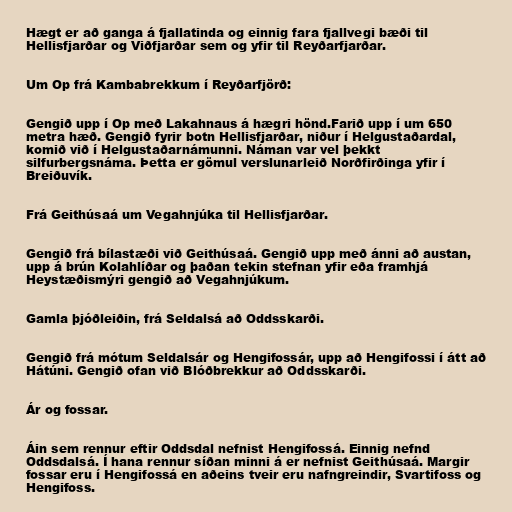
Hægt er að ganga á fjallatinda og einnig fara fjallvegi bæði til
Hellisfjarðar og Viðfjarðar sem og yfir til Reyðarfjarðar.

Um Op frá Kambabrekkum í Reyðarfjörð:

Gengið upp í Op með Lakahnaus á hægri hönd.Farið upp í um 650
metra hæð. Gengið fyrir botn Hellisfjarðar, niður í Helgustaðardal,
komið við í Helgustaðarnámunni. Náman var vel þekkt
silfurbergsnáma. Þetta er gömul verslunarleið Norðfirðinga yfir í
Breiðuvík.

Frá Geithúsaá um Vegahnjúka til Hellisfjarðar.

Gengið frá bílastæði við Geithúsaá. Gengið upp með ánni að austan,
upp á brún Kolahlíðar og þaðan tekin stefnan yfir eða framhjá
Heystæðismýri gengið að Vegahnjúkum.

Gamla þjóðleiðin, frá Seldalsá að Oddsskarði.

Gengið frá mótum Seldalsár og Hengifossár, upp að Hengifossi í átt að
Hátúni. Gengið ofan við Blóðbrekkur að Oddsskarði.

Ár og fossar.

Áin sem rennur eftir Oddsdal nefnist Hengifossá. Einnig nefnd
Oddsdalsá. Í hana rennur síðan minni á er nefnist Geithúsaá. Margir
fossar eru í Hengifossá en aðeins tveir eru nafngreindir, Svartifoss og
Hengifoss.